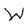
Character: W